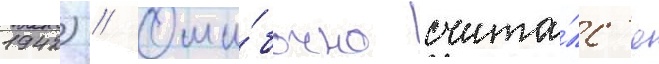
1942) // Оши́бочно счита́лс'я